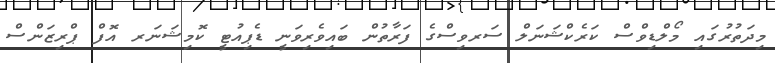
މިދަތުރުގައި މޯލްޑިވްސް ކަރެކްޝަނަލް ސަރވިސްގެ ފަރާތުން ބައިވެރިވަނީ ޑެޕިއުޓީ ކޮމިޝަނަރ އޮފް ޕްރިޒަންސް